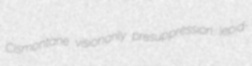
Cismontane visionarily presuppression lepid-